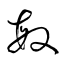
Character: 敏